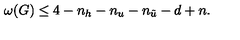
\omega ( G ) \le 4 - n _ { h } - n _ { u } - n _ { \tilde { u } } - d + n .